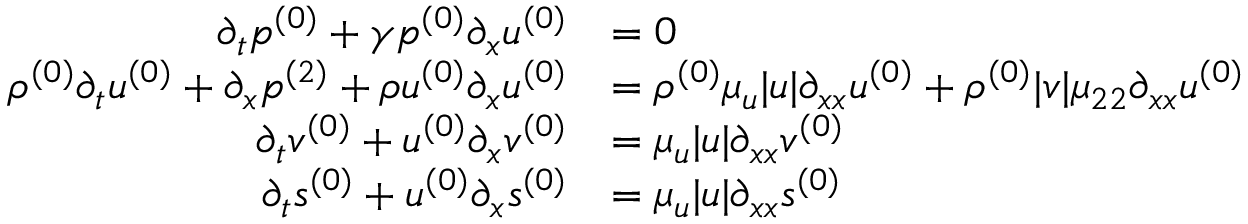
\begin{array} { r l } { \partial _ { t } \ensuremath { p ^ { ( 0 ) } } + \gamma \ensuremath { p ^ { ( 0 ) } } \partial _ { x } \ensuremath { u ^ { ( 0 ) } } } & { = 0 } \\ { \ensuremath { \rho ^ { ( 0 ) } } \partial _ { t } \ensuremath { u ^ { ( 0 ) } } + \partial _ { x } \ensuremath { p ^ { ( 2 ) } } + \ensuremath { \rho u ^ { ( 0 ) } } \partial _ { x } \ensuremath { u ^ { ( 0 ) } } } & { = \ensuremath { \rho ^ { ( 0 ) } } \mu _ { u } | u | \partial _ { x x } \ensuremath { u ^ { ( 0 ) } } + \ensuremath { \rho ^ { ( 0 ) } } | v | \mu _ { 2 2 } \partial _ { x x } \ensuremath { u ^ { ( 0 ) } } } \\ { \partial _ { t } \ensuremath { v ^ { ( 0 ) } } + \ensuremath { u ^ { ( 0 ) } } \partial _ { x } \ensuremath { v ^ { ( 0 ) } } } & { = \mu _ { u } | u | \partial _ { x x } \ensuremath { v ^ { ( 0 ) } } } \\ { \partial _ { t } \ensuremath { s ^ { ( 0 ) } } + \ensuremath { u ^ { ( 0 ) } } \partial _ { x } \ensuremath { s ^ { ( 0 ) } } } & { = \mu _ { u } | u | \partial _ { x x } \ensuremath { s ^ { ( 0 ) } } } \end{array}